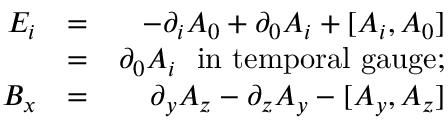
\begin{array} { r l r } { E _ { i } } & { = } & { - \partial _ { i } A _ { 0 } + \partial _ { 0 } A _ { i } + [ A _ { i } , A _ { 0 } ] } \\ & { = } & { \partial _ { 0 } A _ { i } \mathrm { \ \ i n ~ t e m p o r a l ~ g a u g e } ; } \\ { B _ { x } } & { = } & { \partial _ { y } A _ { z } - \partial _ { z } A _ { y } - [ A _ { y } , A _ { z } ] } \end{array}